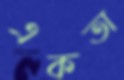
একতা